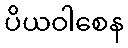
ပိယဝါစေန